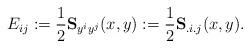
LaTeX: \begin{align*}{E_{ij}}: = \frac{1}{2}{{\bf S}_{{y^i}{y^j}}}(x,y): = \frac{1}{2}{{\bf S}_{{.i}{.j}}}(x,y).\end{align*}